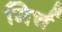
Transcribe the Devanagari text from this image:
मिर्च